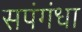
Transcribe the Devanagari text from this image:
सपंगंधा